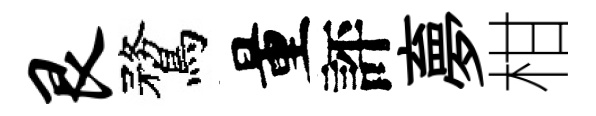
艮鶩量評夣柑